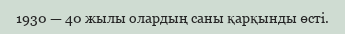
1930 — 40 жылы олардың саны қарқынды өсті.